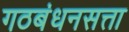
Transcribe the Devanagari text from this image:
गठबंधनसत्ता